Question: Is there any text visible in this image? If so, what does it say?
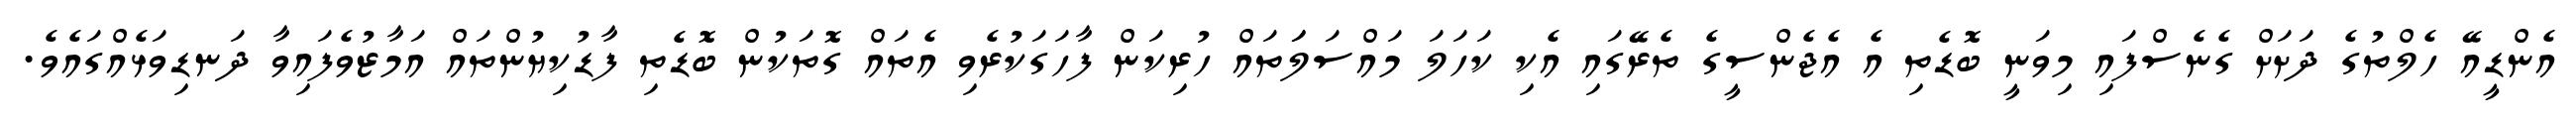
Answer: އެންޑީއޭ ހެލްތުގެ ދަށަށް ގެނެސްފައި މިވަނީ ބޮޑެތި އެ އެޖެންސީގެ ތެރޭގައި އެކި ކަހަލަ މައްސަލަަތައް ހުރިކަން ފާހަގަކުރެވި އެތައް ގޮތަކުން ބޮޑެތި ފާޑުކިޔުންތައް އަމާޒުވެފައިވާ ދަނޑިވަޅެއްގައެވެ.